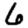
Digit: 6